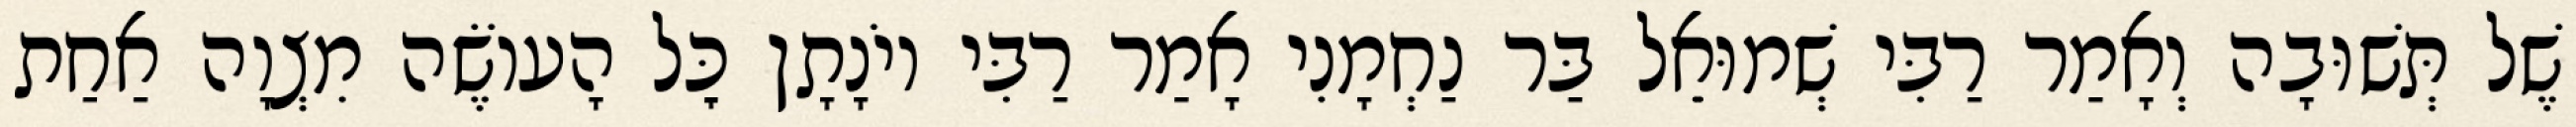
שֶׁל תְּשׁוּבָה וְאָמַר רַבִּי שְׁמוּאֵל בַּר נַחְמָנִי אָמַר רַבִּי יוֹנָתָן כׇּל הָעוֹשֶׂה מִצְוָה אַחַת